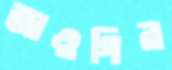
জাওগির